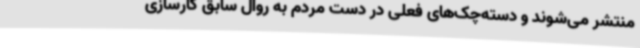
منتشر می‌شوند و دسته‌چک‌های فعلی در دست مردم به روال سابق کارسازی